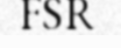
FSR